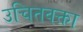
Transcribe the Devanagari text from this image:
उचितवक्ता